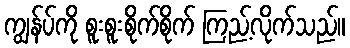
ကျွန်ပ်ကို စူးစူးစိုက်စိုက် ကြည့်လိုက်သည်။